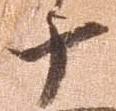
十